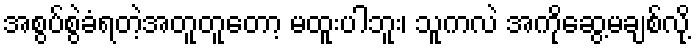
အစွပ်စွဲခံရတဲ့အတူတူတော့ မထူးပါဘူး၊ သူကလဲ အကိုဆွေ့မချစ်လို့